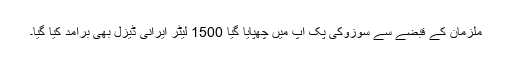
ملزمان کے قبضے سے سوزوکی پک اپ میں چھپایا گیا 1500 لیٹر ایرانی ڈیزل بھی برآمد کیا گیا۔